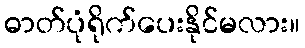
ဓာတ်ပုံရိုက်ပေးနိုင်မလား။